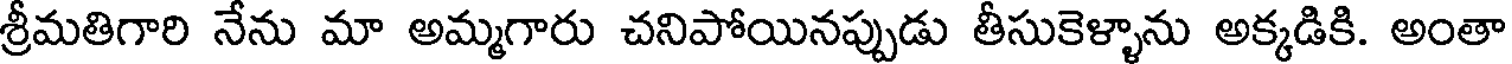
శ్రీమతిగారి నేను మా అమ్మగారు చనిపోయినప్పుడు తీసుకెళ్ళాను అక్కడికి. అంతా